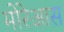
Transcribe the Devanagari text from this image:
मोरेआस